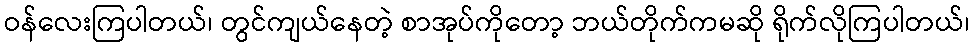
ဝန်လေးကြပါတယ်၊ တွင်ကျယ်နေတဲ့ စာအုပ်ကိုတော့ ဘယ်တိုက်ကမဆို ရိုက်လိုကြပါတယ်၊